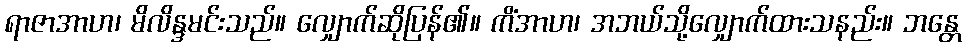
ရာဇာအာဟ၊ မိလိန္ဒမင်းသည်။ လျှောက်ဆိုပြန်၏။ ကိံအာဟ၊ အဘယ်သို့လျှောက်ထားသနည်း။ ဘန္တေ